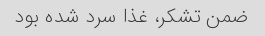
ضمن تشکر، غذا سرد شده بود